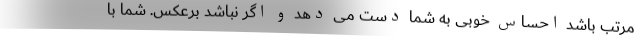
مرتب باشد احساس خوبی به شما دست می دهد و اگر نباشد برعکس. شما با